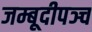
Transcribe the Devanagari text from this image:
जम्बूदीपञ्च